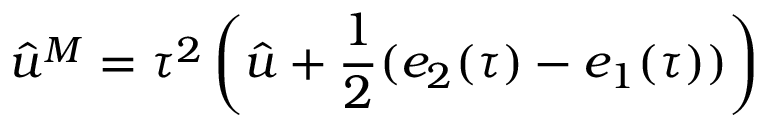
\hat { u } ^ { M } = \tau ^ { 2 } \left( \hat { u } + \frac { 1 } { 2 } ( e _ { 2 } ( \tau ) - e _ { 1 } ( \tau ) ) \right)